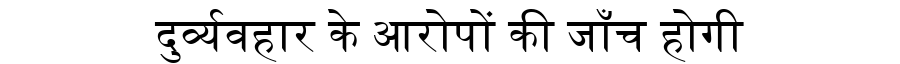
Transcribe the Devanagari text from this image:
दुर्व्यवहार के आरोपों की जाँच होगी